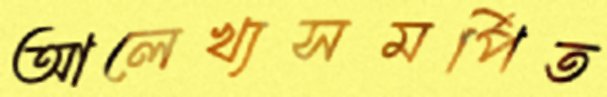
আলেখ্যসমর্পিত